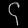
Digit: ၄